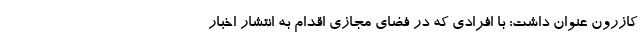
کازرون عنوان داشت: با افرادی که در فضای مجازی اقدام به انتشار اخبار